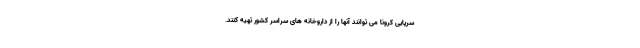
سرپایی کرونا می توانند آنها را از داروخانه های سراسر کشور تهیه کنند.